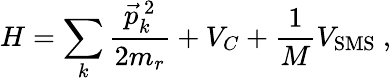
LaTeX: H=\sum_{k}\frac{\vec{p}_{k}^{\ 2}}{2m_{r}}+V_{C}+\frac{1}{M}V_{\mathrm{SMS}}\ ,